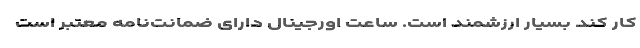
کار کند بسیار ارزشمند است. ساعت اورجینال دارای ضمانت‌نامه معتبر است